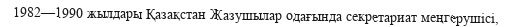
1982—1990 жылдары Қазақстан Жазушылар одағында секретариат меңгерушісі,